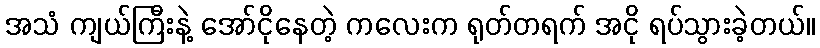
အသံ ကျယ်ကြီးနဲ့ အော်ငိုနေတဲ့ ကလေးက ရုတ်တရက် အငို ရပ်သွားခဲ့တယ်။